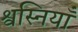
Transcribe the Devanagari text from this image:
श्वस्नियाँ